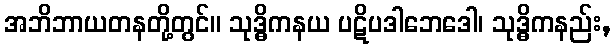
အဘိဘာယတနတို့တွင်။ သုဒ္ဓိကနယ ပဋိပဒါဘေဒေါ၊ သုဒ္ဓိကနည်း,